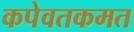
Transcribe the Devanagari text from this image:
कपेवतकमत